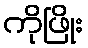
ကိုဖြိုး